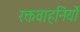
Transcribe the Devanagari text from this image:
रक्तवाहनियों